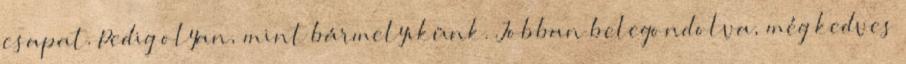
csapat. Pedig olyan, mint bármelyikünk. Jobban belegondolva, még kedves